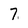
Character: 7